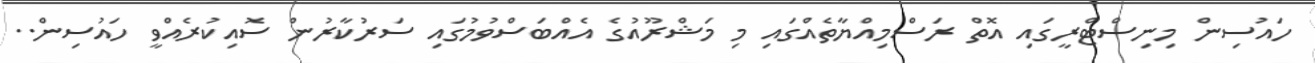
ހައުސިން މިނިސްޓްރީގައި އޮތް ރަސްމިއްޔާތެއްގައި މި މަޝްރޫއުގެ އެއްބަސްވުމުގައި ސަރުކާރުން ސޮއިކުރެއްވީ ހައުސިން..